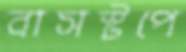
বাসস্টপে